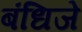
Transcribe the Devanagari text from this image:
बंधिजे